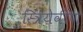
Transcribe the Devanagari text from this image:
स्त्रियेवीण